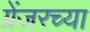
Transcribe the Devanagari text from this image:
ग्रेंजरच्या